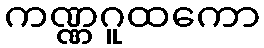
ကဏ္ဏဂူထကော